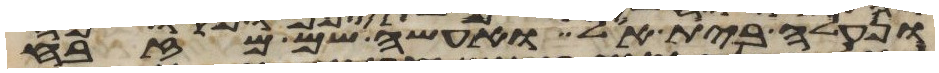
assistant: ונעלה בית אל ואעשה שם מזבח